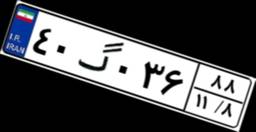
۴۰گ۰۳۶۸۸